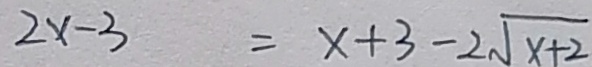
2 x - 3 = x + 3 - 2 \sqrt { x + 2 }